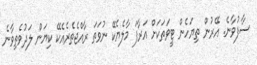
ސާފުވާނެ. އޭރުން ތިޔަހެން ޓީވަތަކަށް އަރާފަ މާލެޔެކޭ ނުވަތަ ރާއްޖެތެރެއެކޭ ކިޔަން ލަދުވެތިވާނެ